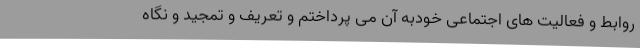
روابط و فعالیت های اجتماعی خودبه آن می پرداختم و تعریف و تمجید و نگاه